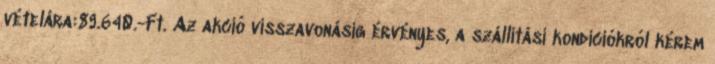
vételára:89.640.-Ft. Az akció visszavonásig érvényes, a szállítási kondíciókról kérem